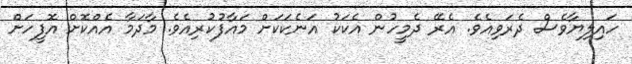
ހައިލިޔާވެސް ދެރަވިއެވެ. އެރޭ ދެމީހުން އެކަކު އަނެކަކަށް މައާފުކުރިއެވެ. މާދަމާ އެއްކޮށް އޮފީހަށް